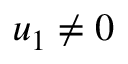
u _ { 1 } \neq 0